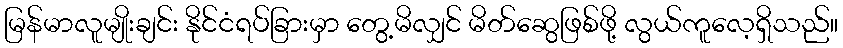
မြန်မာလူမျိုးချင်း နိုင်ငံရပ်ခြားမှာ တွေ့မိလျှင် မိတ်ဆွေဖြစ်ဖို့ လွယ်ကူလေ့ရှိသည်။